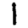
Digit: 1